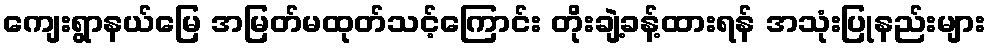
ကျေးရွာနယ်မြေ အမြတ်မထုတ်သင့်ကြောင်း တိုးချဲ့ခန့်ထားရန် အသုံးပြုနည်းများ